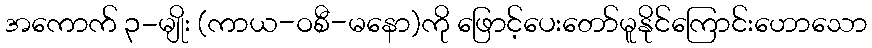
အကောက် ၃-မျိုး (ကာယ-ဝစီ-မနော)ကို ဖြောင့်ပေးတော်မူနိုင်ကြောင်းဟောသော